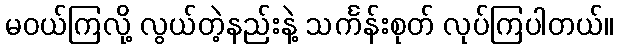
မဝယ်ကြလို့ လွယ်တဲ့နည်းနဲ့ သင်္ကန်းစုတ် လုပ်ကြပါတယ်။